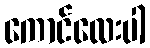
ကောင်လေးပါ